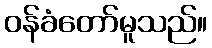
ဝန်ခံတော်မူသည်။